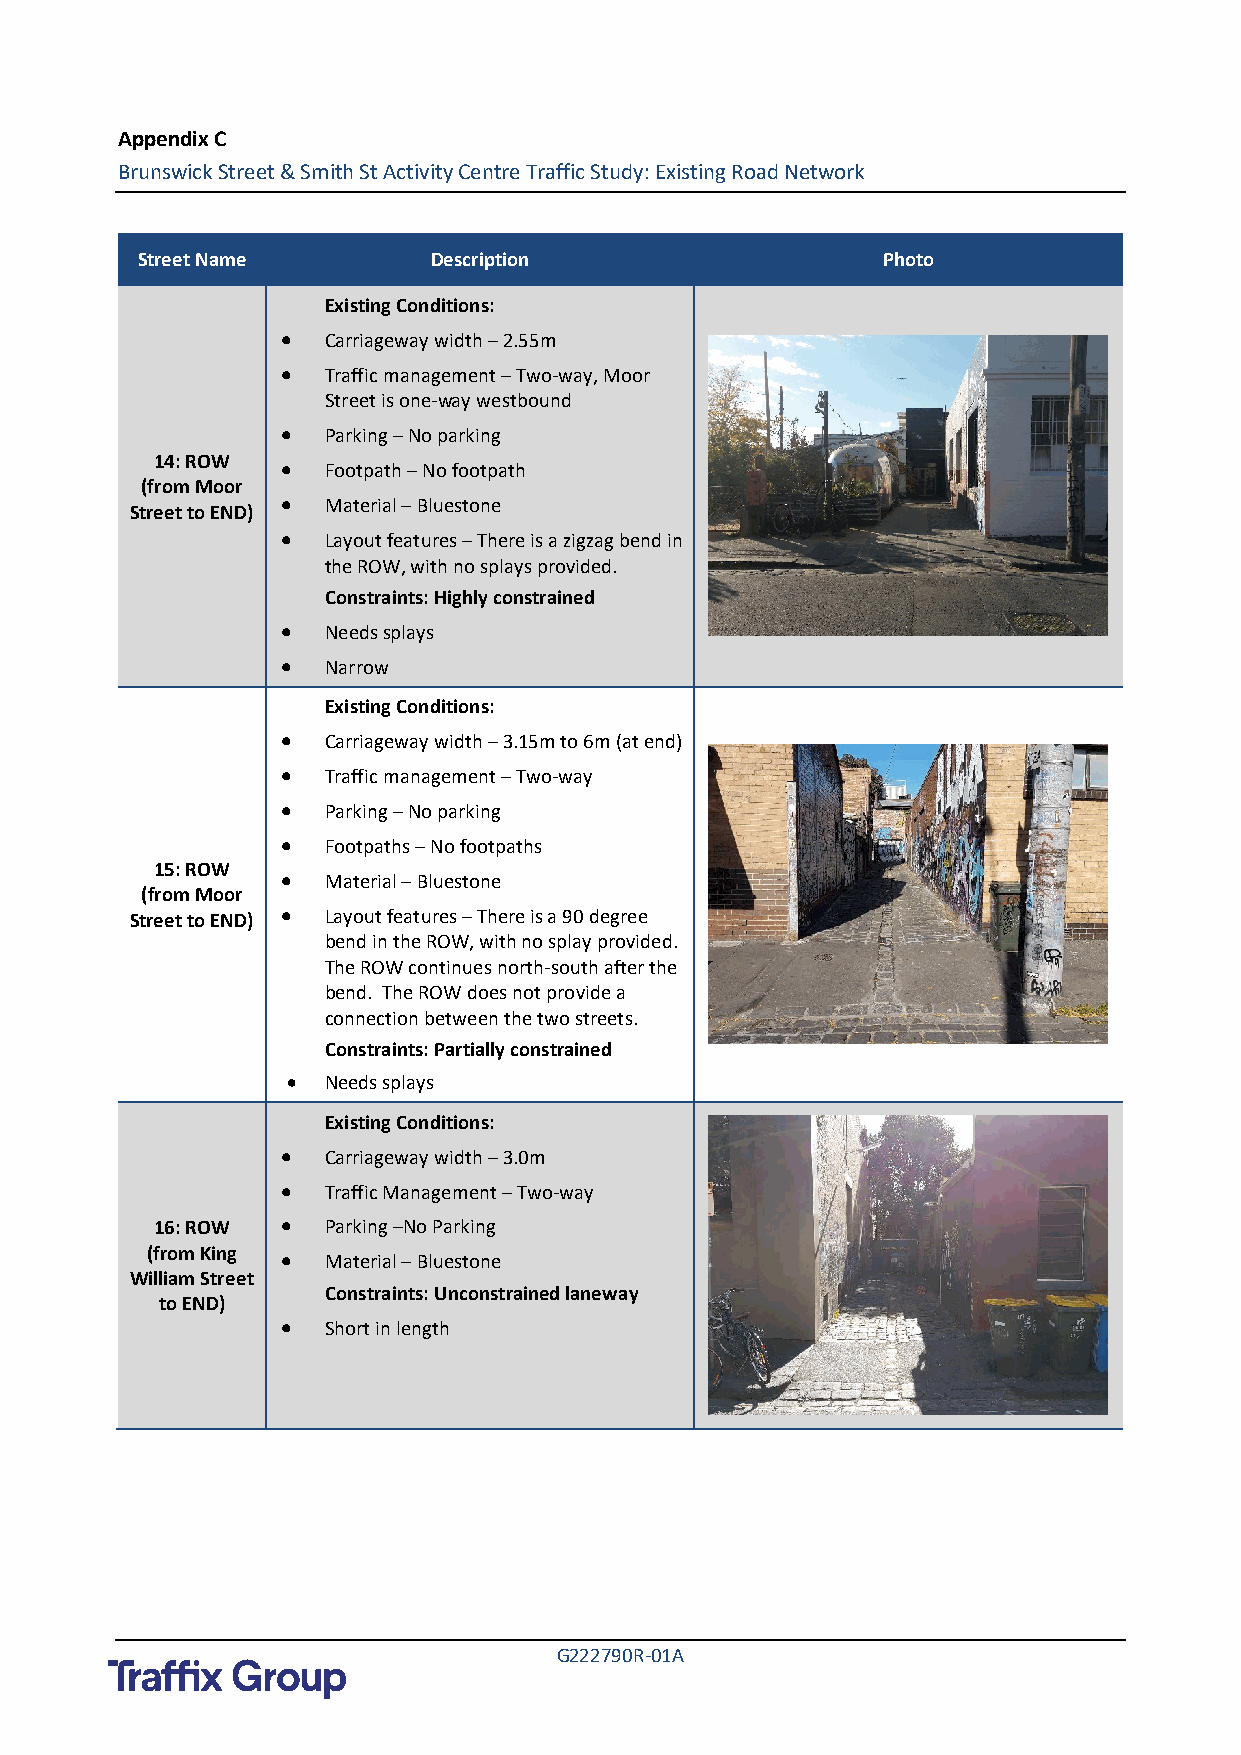
Appendix C
 Brunswick Street & Smith St Activity Centre Traffic Study: Existing Road Network
 Street Name        Description                   Photo
 Existing Conditions:
 •  Carriageway width – 2.55m
 •  Traffic management – Two-way, Moor
 Street is one-way westbound
 •  Parking – No parking
 14: ROW  •  Footpath – No footpath
 (from Moor
 •  Material – Bluestone
 Street to END)
 •  Layout features – There is a zigzag bend in
 the ROW, with no splays provided.
 Constraints: Highly constrained
 •  Needs splays
 •  Narrow
 Existing Conditions:
 •  Carriageway width – 3.15m to 6m (at end)
 •  Traffic management – Two-way
 •  Parking – No parking
 •  Footpaths – No footpaths
 15: ROW
 •  Material – Bluestone
 (from Moor
 Street to END) • Layout features – There is a 90 degree
 bend in the ROW, with no splay provided.
 The ROW continues north-south after the
 bend. The ROW does not provide a
 connection between the two streets.
 Constraints: Partially constrained
 •  Needs splays
 Existing Conditions:
 •  Carriageway width – 3.0m
 •  Traffic Management – Two-way
 16: ROW  •  Parking –No Parking
 (from King • Material – Bluestone
 William Street
 Constraints: Unconstrained laneway
 to END)
 •  Short in length
 G222790R-01A